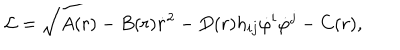
LaTeX: { \cal L } = \sqrt { A ( r ) - B ( r ) \dot { r } ^ { 2 } - D ( r ) h _ { i j } \dot { \varphi } ^ { i } \dot { \varphi } ^ { j } } - C ( r ) ,